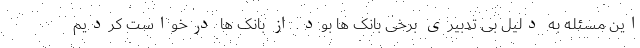
این مسئله به دلیل بی تدبیری برخی بانک ها بود. از بانک ها درخواست کردیم